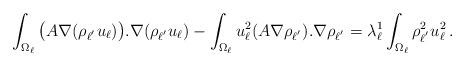
LaTeX: \begin{align*} \int_{\Omega_\ell} \big(A \nabla (\rho_{\ell^{'}}u_\ell)\big).\nabla (\rho_{\ell^{'}}u_\ell) - \int_{\Omega_\ell}u_\ell^2 (A\nabla \rho_{\ell^{'}}).\nabla \rho_{\ell^{'}} = \lambda_\ell^1\int_{\Omega_\ell}\rho_{\ell^{'}}^2u_\ell^2\,.\end{align*}